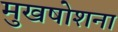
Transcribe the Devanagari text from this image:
मुखषोशना